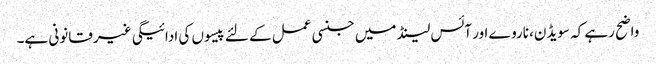
واضح رہے کہ سویڈن، ناروے اور آئس لینڈ میں جنسی عمل کے لئے پیسوں کی ادائیگی غیر قانونی ہے۔